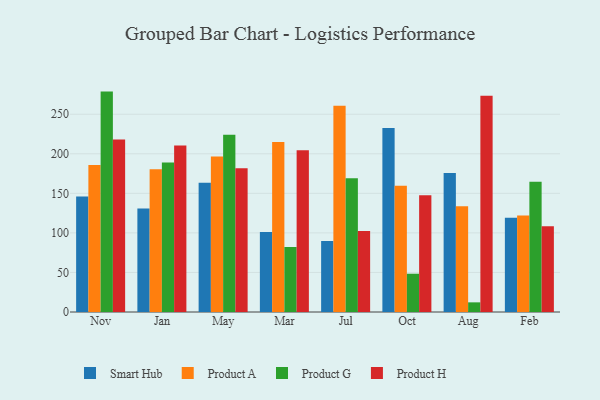
{"axis": {"x": "Month", "y": "Energy Usage (MWh)"}, "legend": ["Product A", "Product G", "Product H", "Smart Hub"], "data": [{"x": "Nov", "y": 146.0, "type": "Smart Hub"}, {"x": "Nov", "y": 185.9, "type": "Product A"}, {"x": "Nov", "y": 278.6, "type": "Product G"}, {"x": "Nov", "y": 218.2, "type": "Product H"}, {"x": "Jan", "y": 130.9, "type": "Smart Hub"}, {"x": "Jan", "y": 180.4, "type": "Product A"}, {"x": "Jan", "y": 188.9, "type": "Product G"}, {"x": "Jan", "y": 210.4, "type": "Product H"}, {"x": "May", "y": 163.5, "type": "Smart Hub"}, {"x": "May", "y": 196.7, "type": "Product A"}, {"x": "May", "y": 224.1, "type": "Product G"}, {"x": "May", "y": 181.8, "type": "Product H"}, {"x": "Mar", "y": 101.0, "type": "Smart Hub"}, {"x": "Mar", "y": 215.0, "type": "Product A"}, {"x": "Mar", "y": 82.2, "type": "Product G"}, {"x": "Mar", "y": 204.6, "type": "Product H"}, {"x": "Jul", "y": 89.6, "type": "Smart Hub"}, {"x": "Jul", "y": 260.7, "type": "Product A"}, {"x": "Jul", "y": 169.1, "type": "Product G"}, {"x": "Jul", "y": 102.3, "type": "Product H"}, {"x": "Oct", "y": 232.6, "type": "Smart Hub"}, {"x": "Oct", "y": 159.7, "type": "Product A"}, {"x": "Oct", "y": 48.4, "type": "Product G"}, {"x": "Oct", "y": 147.5, "type": "Product H"}, {"x": "Aug", "y": 175.7, "type": "Smart Hub"}, {"x": "Aug", "y": 133.8, "type": "Product A"}, {"x": "Aug", "y": 12.2, "type": "Product G"}, {"x": "Aug", "y": 273.4, "type": "Product H"}, {"x": "Feb", "y": 119.2, "type": "Smart Hub"}, {"x": "Feb", "y": 122.1, "type": "Product A"}, {"x": "Feb", "y": 164.7, "type": "Product G"}, {"x": "Feb", "y": 108.5, "type": "Product H"}]}